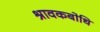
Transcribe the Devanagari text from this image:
श्रावकबोधि